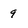
Character: 9